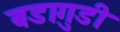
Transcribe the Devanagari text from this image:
बडागुडी